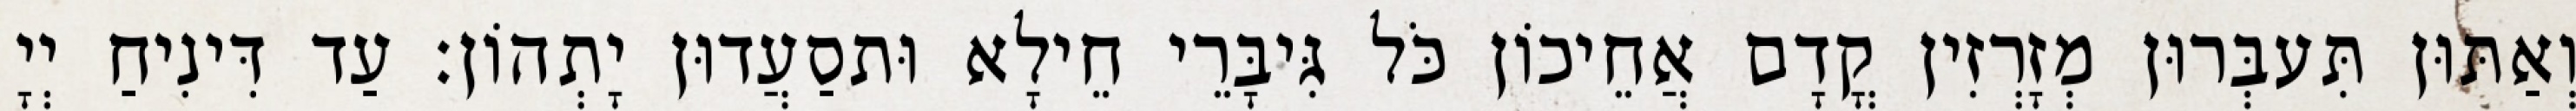
וְאַתּוּן תִּעבְּרוּן מְזָרְזִין קֳדָם אֲחֵיכוֹן כֹּל גִּיבָּרֵי חֵילָא וּתסַעֲדוּן יָתְהוֹן׃ עַד דִּינִיחַ יְיָ